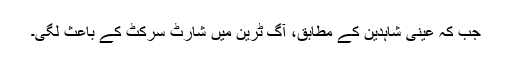
جب کہ عینی شاہدین کے مطابق، آگ ٹرین میں شارٹ سرکٹ کے باعث لگی۔